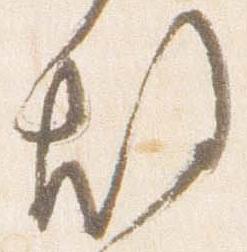
故